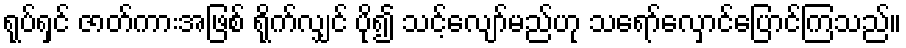
ရုပ်ရှင် ဇာတ်ကားအဖြစ် ရိုက်လျှင် ပို၍ သင့်လျော်မည်ဟု သရော်လှောင်ပြောင်ကြသည်။